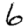
Digit: 6